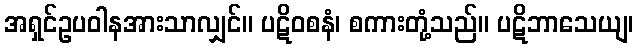
အရှင်ဥပဝါနအားသာလျှင်။ ပဋိဝစနံ၊ စကားတုံ့သည်။ ပဋိဘာသေယျ၊